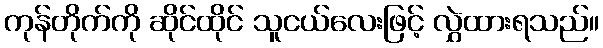
ကုန်တိုက်ကို ဆိုင်ထိုင် သူငယ်လေးဖြင့် လွှဲထားရသည်။